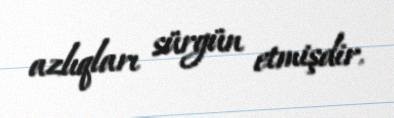
azlıqları sürgün etmişdir.